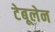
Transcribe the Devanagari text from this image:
टेबूलेन